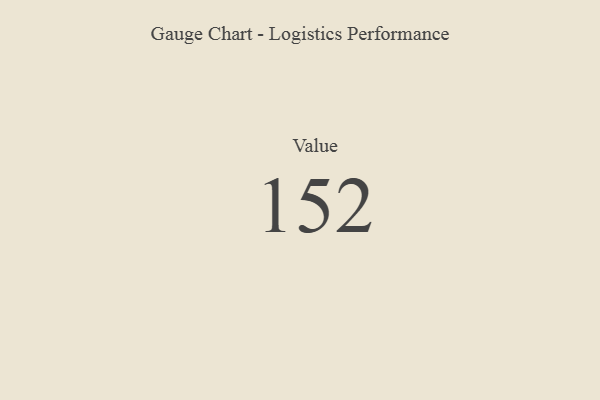
{"axis": {"x": "Metric", "y": "Value"}, "legend": [""], "data": [{"x": "Value", "y": 152, "type": ""}]}